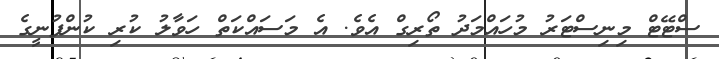
ސްޓޭޓް މިނިސްޓަރު މުހައްމަދު ތޯރިގް އެވެ. އެ މަސައްކަތް ހަވާލު ކުރި ކުންފުނީގެ